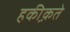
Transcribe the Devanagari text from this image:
हकी़क़ते